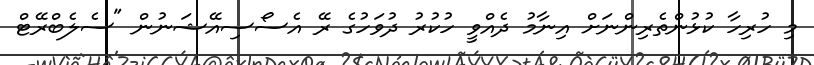
މި ހުރިހާ ކުޅުންތެރިންނަށް އިނާމު ދެއްވީ ހުކުރު ދުވަހުގެ ރޭ އެސޯސިއޭޝަނުން "ސެލެބްރޭޓް